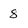
Character: 8